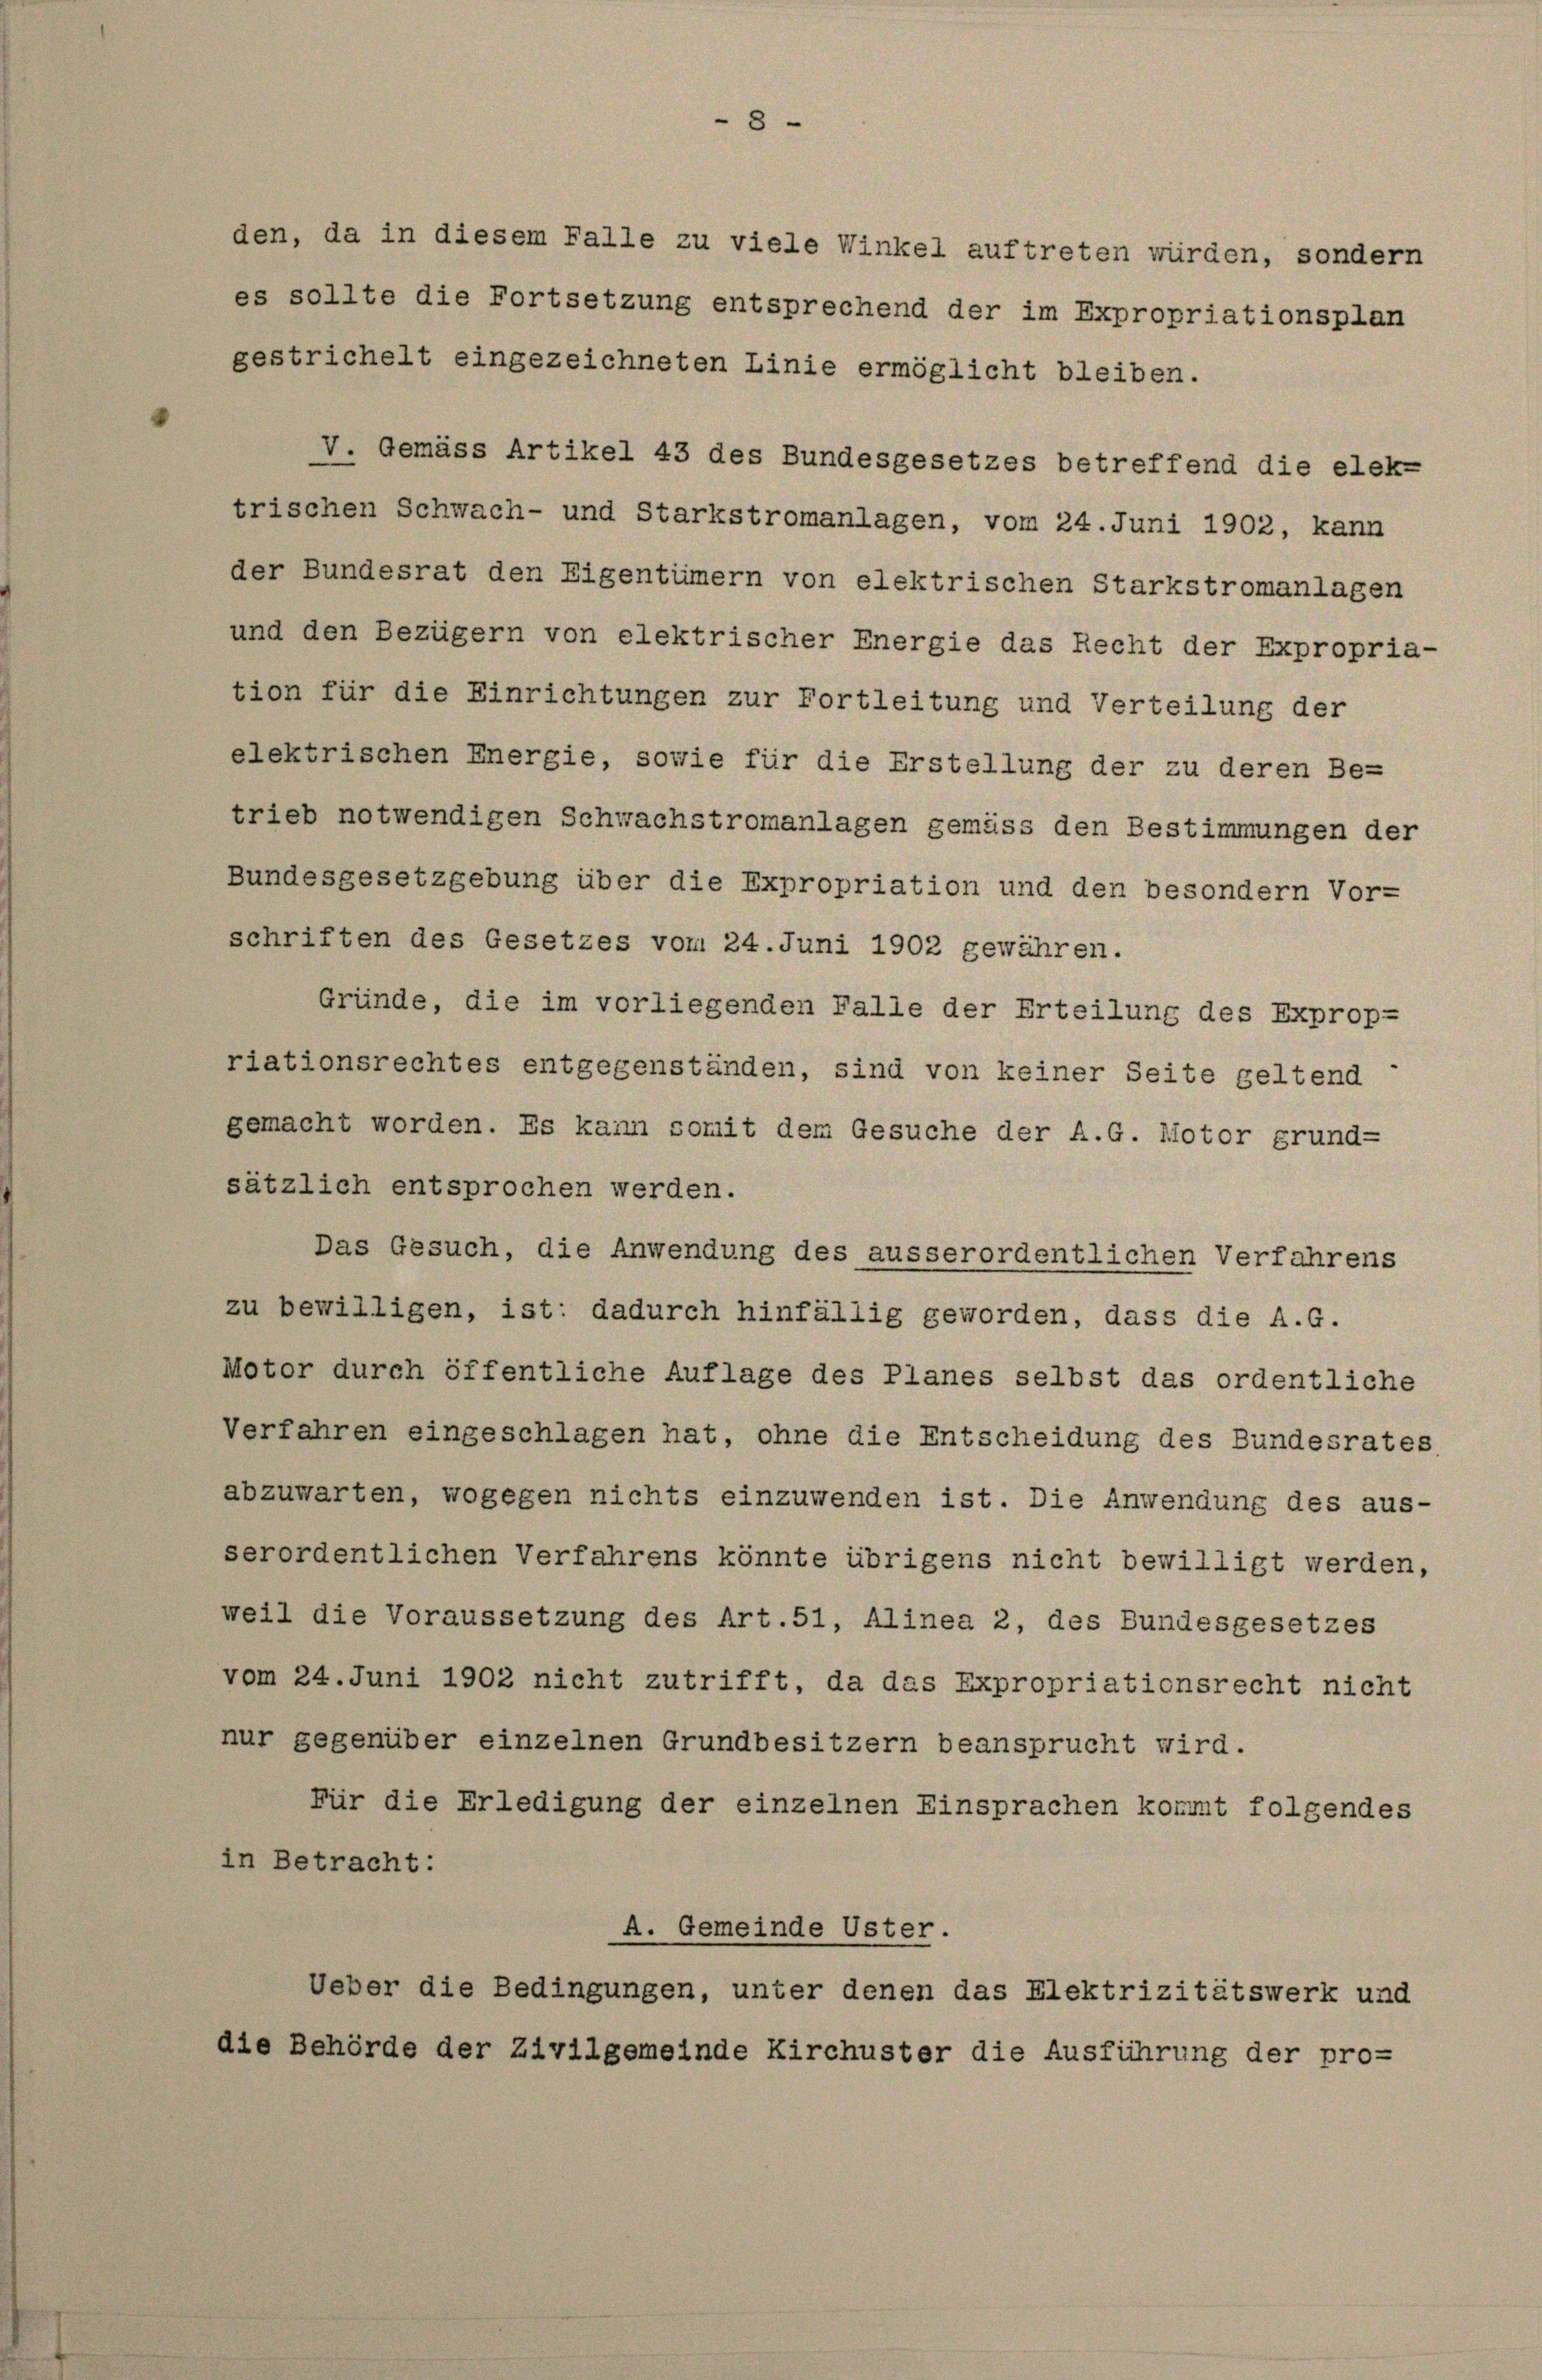
8

den, da in diesem Falle zu viele Winkel auftreten würden, sondern
es sollte die Fortsetzung entsprechend der im Expropriationsplan
gestrichelt eingezeichneten Linie ermöglicht bleiben.
V. Gemäss Artikel 43 des Bundesgesetzes betreffend die elek-
trischen Schwach- und Starkstromanlagen, vom 24. Juni 1902, kann
der Bundesrat den Eigentümern von elektrischen Starkstromanlagen
und den Bezügern von elektrischer Energie das Recht der Expropria-
tion für die Einrichtungen zur Fortleitung und Verteilung der
elektrischen Energie, sowie für die Erstellung der zu deren Be-
trieb notwendigen Schwachstromanlagen gemäss den Bestimmungen der
Bundesgesetzgebung über die Expropriation und den besondern Vor-
schriften des Gesetzes vom 24. Juni 1902 gewähren.
Gründe, die im vorliegenden Falle der Erteilung des Exprop-
riationsrechtes entgegenständen, sind von keiner Seite geltend
gemacht worden. Es kann somit dem Gesuche der A.G. Motor grund-
sätzlich entsprochen werden.
Das Gesuch, die Anwendung des ausserordentlichen Verfahrens
zu bewilligen, ist: dadurch hinfällig geworden, dass die A.G.
Motor durch öffentliche Auflage des Planes selbst das ordentliche
Verfahren eingeschlagen hat, ohne die Entscheidung des Bundesrates
abzuwarten, wogegen nichts einzuwenden ist. Die Anwendung des aus-
serordentlichen Verfahrens könnte übrigens nicht bewilligt werden,
weil die Voraussetzung des Art. 51, Alinea 2, des Bundesgesetzes
vom 24. Juni 1902 nicht zutrifft, da das Expropriationsrecht nicht
nur gegenüber einzelnen Grundbesitzern beansprucht wird.
für die Erledigung der einzelnen Einsprachen kommt folgendes
in Betracht:
A. Gemeinde Uster.
Ueber die Bedingungen, unter denen das Elektrizitätswerk und
die Behörde der Zivilgemeinde Kirchuster die Ausführung der pro-